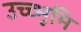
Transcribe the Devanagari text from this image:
उच्च्भूमि